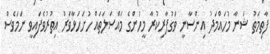
ފާތިމަތު ޝަނާ މުހައްމަދު އިންސާނީ ވަގުފާރިކުރާ މީހުންގެ މައްސަލަތައް ހުށަހަޅާވަރު އިތުރުވެފައިވީ ނަމަވެސް